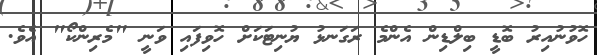
ހޮވުނުއިރު ބޮޑީ ބިލްޑިން އެންމެ ރަގަނޅު ޔުނިޓަކަށް ހޮވިފައި ވަނީ "މެރިންކޯ" އެވެ.